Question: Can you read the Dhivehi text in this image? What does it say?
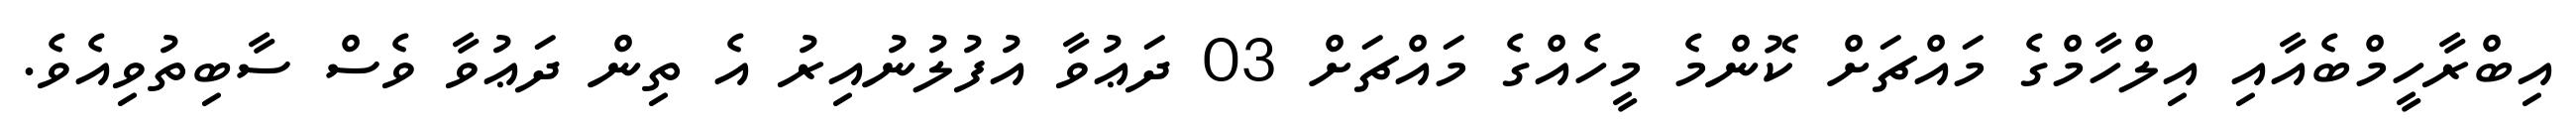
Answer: އިބްރާހީމްބެއާއި އިލްހާމްގެ މައްޗަށް ކޮންމެ މީހެއްގެ މައްޗަށް 03 ދަޢުވާ އުފުލުނުއިރު އެ ތިން ދަޢުވާ ވެސް ސާބިތުވިއެވެ.